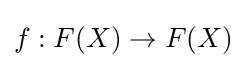
f:F(X)\to F(X)